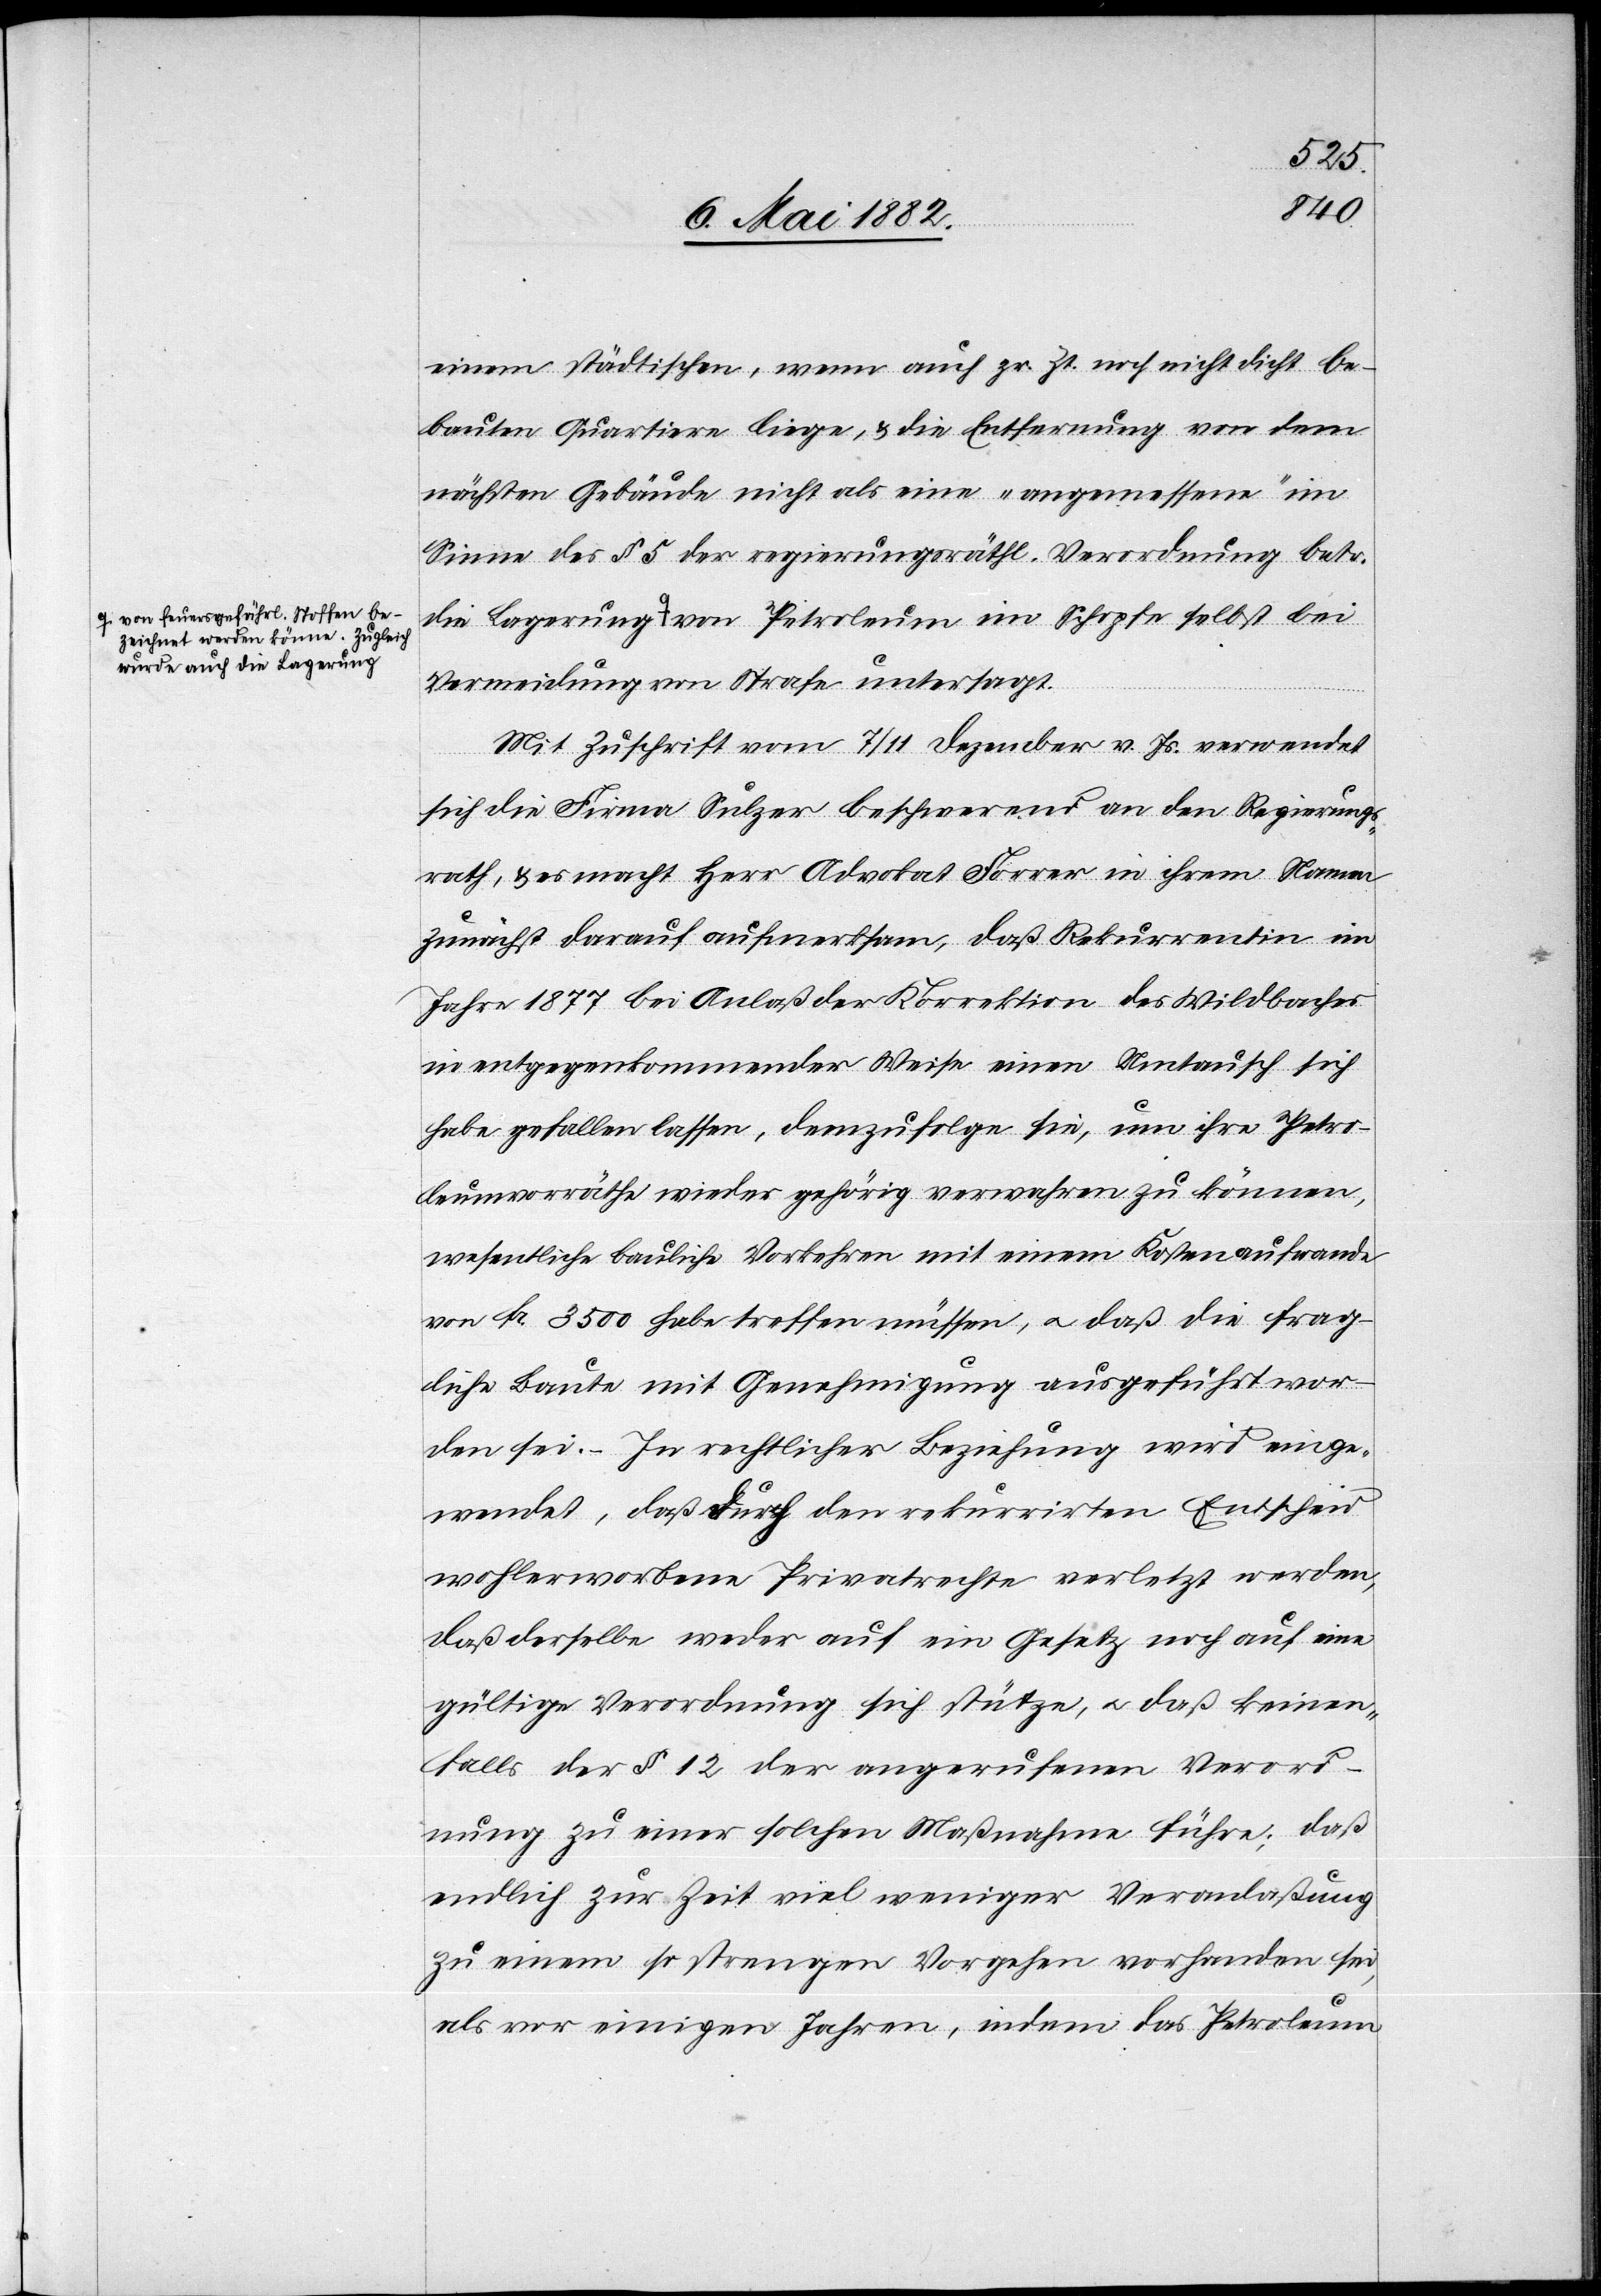
a-von feuersgefährl. Stoffen be¬
zeichnet werden könne. Zugleich

einem städtischen, wenn auch zr. Zt. noch nicht dicht be¬
bauten Quartiere liege, & die Entfernung von dem
nächsten Gebäude nicht als eine „angemessene“ im
Sinne des § 5 der regierungsräthl. Verordnung betr.
die Lagerung-a von Petroleum im Schopfe selbst bei
Vermeidung von Strafe untersagt.
Mit Zuschrift vom 7./11. Dezember v. Js. verwendet
sich die Firma Sulzer beschwerend an den Regierungs¬
rath, & es macht Herr Advokat Forrer in ihrem Namen
zunächst darauf aufmerksam, daß Rekurrentin im
Jahre 1877 bei Anlaß der Korrektion des Wildbaches
in entgegenkommender Weise einen Umtausch sich
habe gefallen lassen, demzufolge sie, um ihre Petro¬
leumvorräthe wieder gehörig verwahren zu können,
wesentliche bauliche Vorkehrungen mit einem Kostenaufwande
von Fr. 3500 habe treffen müssen, u. daß die frag¬
liche Baute mit Genehmigung ausgeführt wor¬
den sei. – In rechtlicher Beziehung wird einge¬
wendet, daß durch den rekurrirten Entscheid
wohlerworbene Privatrechte verletzt werden,
daß derselbe weder auf ein Gesetz noch auf eine
gültige Verordnung sich stütze, u. daß keinen¬
falls der § 12 der angerufenen Verord¬
nung zu einer solchen Maßnahme führe; daß
endlich zur Zeit viel weniger Veranlaßung
zu einem so strengen Vorgehen vorhanden sei,
als vor einigen Jahren, indem das Petroleum